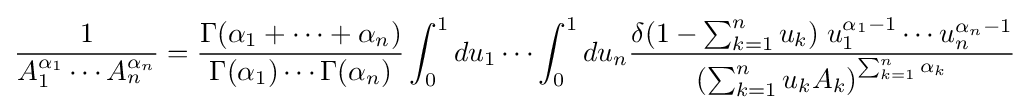
{\frac {1}{A_{1}^{\alpha _{1}}\cdots A_{n}^{\alpha _{n}}}}={\frac {\Gamma (\alpha _{1}+\dots +\alpha _{n})}{\Gamma (\alpha _{1})\cdots \Gamma (\alpha _{n})}}\int _{0}^{1}du_{1}\cdots \int _{0}^{1}du_{n}{\frac {\delta (1-\sum _{k=1}^{n}u_{k})\;u_{1}^{\alpha _{1}-1}\cdots u_{n}^{\alpha _{n}-1}}{\left(\sum _{k=1}^{n}u_{k}A_{k}\right)^{\sum _{k=1}^{n}\alpha _{k}}}}